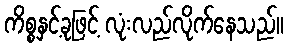
ကိစ္စနှင့်ခုဖြင့် လုံးလည်လိုက်နေသည်။